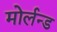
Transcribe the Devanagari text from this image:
मोर्लन्ड